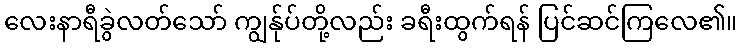
လေးနာရီခွဲလတ်သော် ကျွန်ုပ်တို့လည်း ခရီးထွက်ရန် ပြင်ဆင်ကြလေ၏။